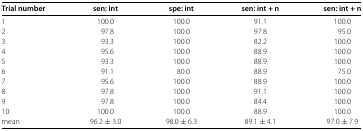
<table><thead><tr><td><b>Trial number</b></td><td><b>sen: int</b></td><td><b>spe: int</b></td><td><b>sen: int+n</b></td><td><b>sen: int+n</b></td></tr></thead><tbody><tr><td>1</td><td>100.0</td><td>100.0</td><td>91.1</td><td>100.0</td></tr><tr><td>2</td><td>97.8</td><td>100.0</td><td>97.8</td><td>95.0</td></tr><tr><td>3</td><td>93.3</td><td>100.0</td><td>82.2</td><td>100.0</td></tr><tr><td>4</td><td>95.6</td><td>100.0</td><td>88.9</td><td>100.0</td></tr><tr><td>5</td><td>93.3</td><td>100.0</td><td>88.9</td><td>100.0</td></tr><tr><td>6</td><td>91.1</td><td>80.0</td><td>88.9</td><td>75.0</td></tr><tr><td>7</td><td>95.6</td><td>100.0</td><td>88.9</td><td>100.0</td></tr><tr><td>8</td><td>97.8</td><td>100.0</td><td>91.1</td><td>100.0</td></tr><tr><td>9</td><td>97.8</td><td>100.0</td><td>84.4</td><td>100.0</td></tr><tr><td>10</td><td>100.0</td><td>100.0</td><td>88.9</td><td>100.0</td></tr><tr><td>mean</td><td>96.2 ± 3.0</td><td>98.0 ± 6.3</td><td>89.1 ± 4.1</td><td>97.0 ± 7.9</td></tr></tbody></table>